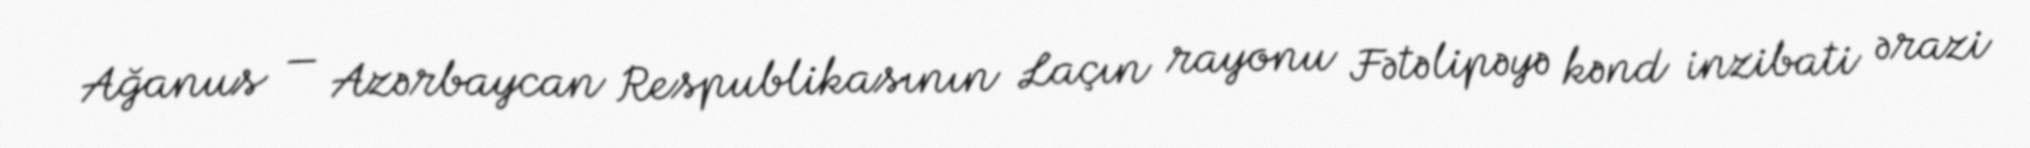
Ağanus — Azərbaycan Respublikasının Laçın rayonu Fətəlipəyə kənd inzibati ərazi